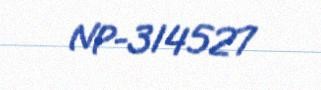
NP-314527